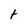
Character: t